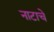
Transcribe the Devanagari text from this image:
नाटाचे